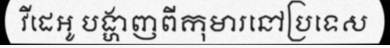
វីដេអូ បង្ហាញពីកុមារនៅប្រទេស